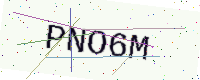
Text: PNO6M